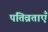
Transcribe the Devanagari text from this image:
पतिव्रताएँ